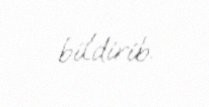
bildirib.